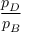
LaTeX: \frac { p _ { D } } { p _ { B } }